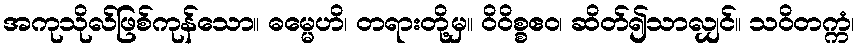
အကုသိုလ်ဖြစ်ကုန်သော။ ဓမ္မေဟိ၊ တရားတို့မှ။ ဝိဝိစ္စဧဝ၊ ဆိတ်၍သာလျှင်။ သဝိတက္ကံ၊